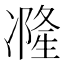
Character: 𠘓